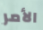
الأمر